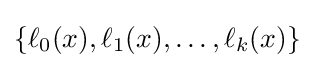
{\textstyle \{\ell _{0}(x),\ell _{1}(x),\ldots ,\ell _{k}(x)\}}